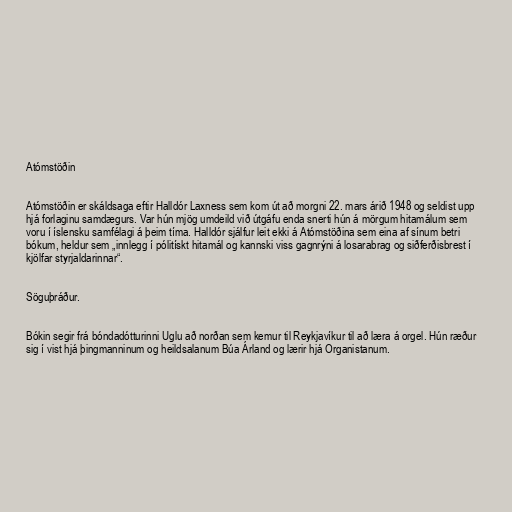
Atómstöðin

Atómstöðin er skáldsaga eftir Halldór Laxness sem kom út að morgni 22. mars árið 1948 og seldist upp
hjá forlaginu samdægurs. Var hún mjög umdeild við útgáfu enda snerti hún á mörgum hitamálum sem
voru í íslensku samfélagi á þeim tíma. Halldór sjálfur leit ekki á Atómstöðina sem eina af sínum betri
bókum, heldur sem „innlegg í pólitískt hitamál og kannski viss gagnrýni á losarabrag og siðferðisbrest í
kjölfar styrjaldarinnar“.

Söguþráður.

Bókin segir frá bóndadótturinni Uglu að norðan sem kemur til Reykjavíkur til að læra á orgel. Hún ræður
sig í vist hjá þingmanninum og heildsalanum Búa Árland og lærir hjá Organistanum.